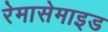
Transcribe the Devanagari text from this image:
रेमासेमाइड